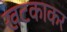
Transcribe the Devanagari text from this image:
खटकाकर